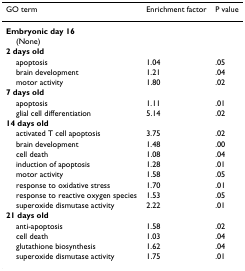
<table><thead><tr><td><b>GO term</b></td><td><b>Enrichment factor</b></td><td><b>P value</b></td></tr></thead><tbody><tr><td><b>Embryonic day 16</b></td><td></td><td></td></tr><tr><td> (None)</td><td></td><td></td></tr><tr><td><b>2 days old</b></td><td></td><td></td></tr><tr><td> apoptosis</td><td>1.04</td><td>.05</td></tr><tr><td> brain development</td><td>1.21</td><td>.04</td></tr><tr><td> motor activity</td><td>1.80</td><td>.02</td></tr><tr><td><b>7 days old</b></td><td></td><td></td></tr><tr><td> apoptosis</td><td>1.11</td><td>.01</td></tr><tr><td> glial cell differentiation</td><td>5.14</td><td>.02</td></tr><tr><td><b>14 days old</b></td><td></td><td></td></tr><tr><td> activated T cell apoptosis</td><td>3.75</td><td>.02</td></tr><tr><td> brain development</td><td>1.48</td><td>.00</td></tr><tr><td> cell death</td><td>1.08</td><td>.04</td></tr><tr><td> induction of apoptosis</td><td>1.28</td><td>.01</td></tr><tr><td> motor activity</td><td>1.58</td><td>.05</td></tr><tr><td> response to oxidative stress</td><td>1.70</td><td>.01</td></tr><tr><td> response to reactive oxygen species</td><td>1.53</td><td>.05</td></tr><tr><td> superoxide dismutase activity</td><td>2.22</td><td>.01</td></tr><tr><td><b>21 days old</b></td><td></td><td></td></tr><tr><td> anti-apoptosis</td><td>1.58</td><td>.02</td></tr><tr><td> cell death</td><td>1.03</td><td>.04</td></tr><tr><td> glutathione biosynthesis</td><td>1.62</td><td>.04</td></tr><tr><td> superoxide dismutase activity</td><td>1.75</td><td>.01</td></tr></tbody></table>